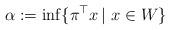
LaTeX: \begin{align*}\alpha := \inf \{\pi^{\top} x\, | \ x \in W\}\end{align*}